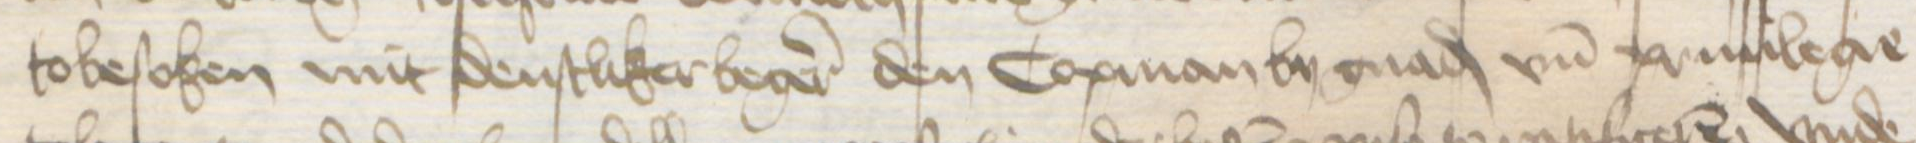
tobesoken mit denstliker begeren den Copman by gnad vnd priuilege